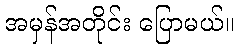
အမှန်အတိုင်း ပြောမယ်။